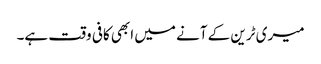
میری ٹرین کے آنے میں ابھی کافی وقت ہے۔